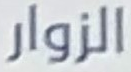
الزوار